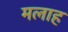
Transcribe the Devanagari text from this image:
मलाह